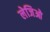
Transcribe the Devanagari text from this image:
लेजिओ